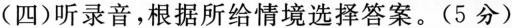
(四)听录音，根据所给情境选择答案。(5分)